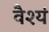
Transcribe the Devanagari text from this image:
वैश्यं